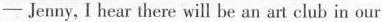
---Jenny, I hear there will be an art club in our